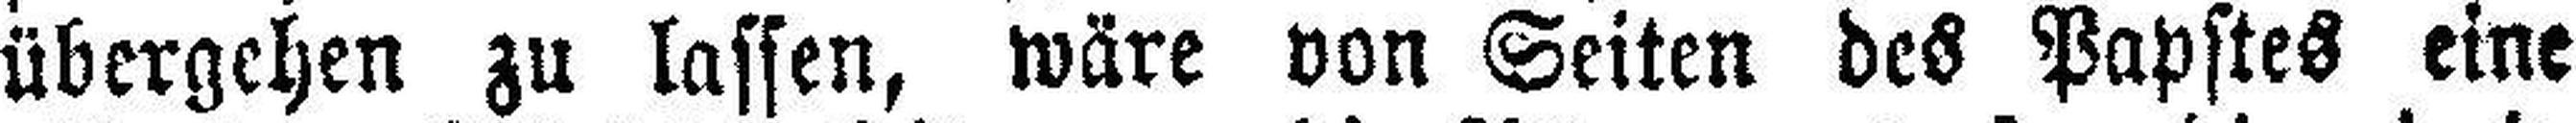
übergehen zu lassen, wäre von Seiten des Papstes eine